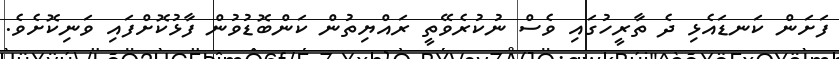
ފަށަން ކަނޑައެޅި ދެ ތާރީހުގައި ވެސް ނުކުރެވޭތީ ރައްޔިތުން ކަންބޮޑުވުން ފާޅުކޮށްފައި ވަނިކޮށެވެ.